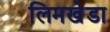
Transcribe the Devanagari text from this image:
लिमखेडा